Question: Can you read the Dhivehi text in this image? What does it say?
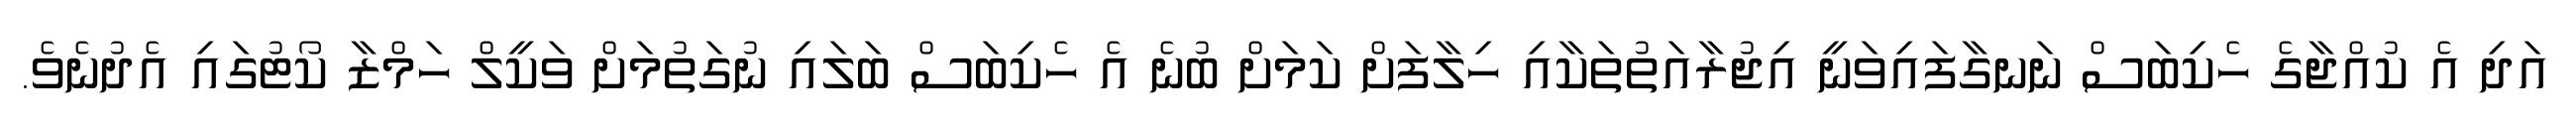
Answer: އަދި އެ ކުއްޖާގެ ހެކިބަސް ނަނގާފައިވަނީ އިޖުރާއަތުތަކާއި ހިލާފަށް ކަމަށް ބުނެ އެ ހެކިބަސް ބަލައި ނުގަތުމަށް ވަކީލް ހަމްޒާ ކޯޓުގައި އެދުނެވެ.